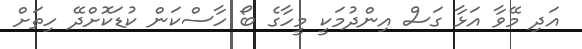
އަދި މޭވާ އަޅާ ގަސް އިންދުމަކީ މީހާގެ ބޯ ހާސްކަން ކުޑަކޮށްދޭ ހިތަށް